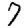
Digit: 7